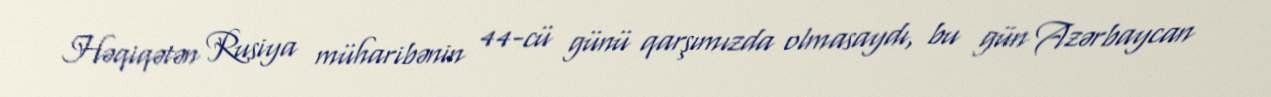
Həqiqətən Rusiya müharibənin 44-cü günü qarşımızda olmasaydı, bu gün Azərbaycan